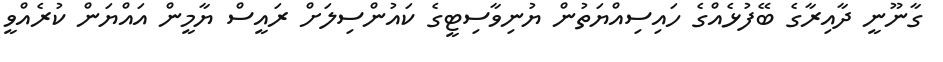
ގާނޫނީ ދާއިރާގެ ބޭފުޅެއްގެ ހައިސިއްޔަތުން ޔުނިވާސިޓީގެ ކައުންސިލަށް ރައީސް ޔާމީން އައްޔަން ކުރެއްވީ